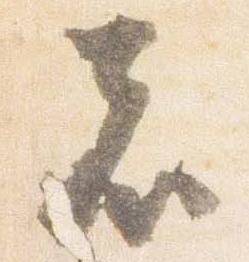
者